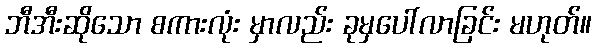
ဘီအီးဆိုသော စကားလုံး မှာလည်း ခုမှပေါ်လာခြင်း မဟုတ်။